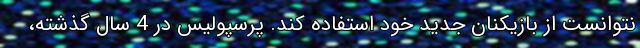
نتوانست از بازیکنان جدید خود استفاده کند. پرسپولیس در 4 سال گذشته،